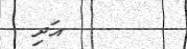
އަދި